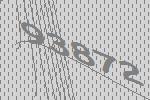
93872